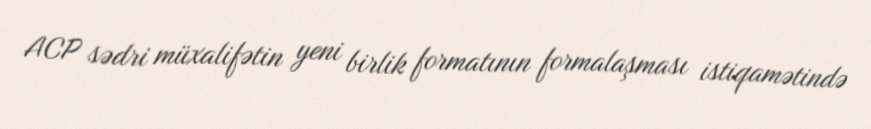
ACP sədri müxalifətin yeni birlik formatının formalaşması istiqamətində